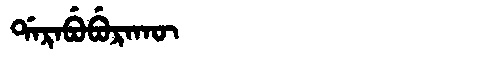
Manchu: ᡩᠠᡵᠠᠪᡠᠪᡠᡵᠠᡴᡡ
Romanization: DARABUBURAKŪ